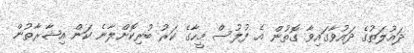
ދައުލަތުގެ ދައުވާގައިވާ ގޮތުން އެ ފުލުސް މީހާގެ ކަރު ބުރިކޮށްލާނެ ކަން އިޝާރާތުން